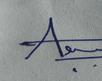
Signature authenticity: genuine